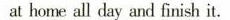
at home all day and finish it.